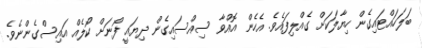
ބަލަހައްޓައިގެން ހިޔާލަކަށް ގެއްލިފައެވެ. އެހެން އޮއްވާ ސިއްސައިގެން ދިޔައީ ފޯނަށް ކޯލެއް އައިސްގެންނެވެ.